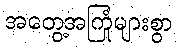
အတွေ့အကြုံများစွာ